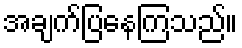
အချက်ပြနေကြသည်။